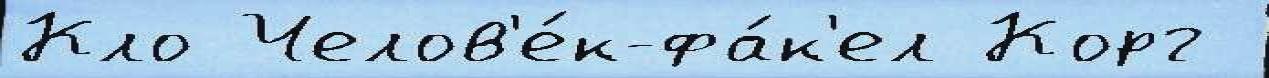
Кло Челов'е́к-фа́к'ел Корг